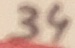
Text: 34